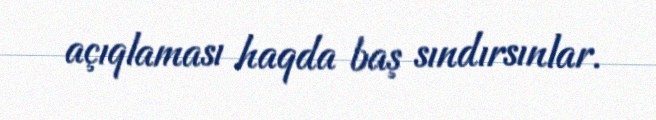
açıqlaması haqda baş sındırsınlar.